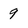
Character: 9